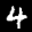
Label: 4